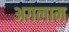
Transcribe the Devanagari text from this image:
अग़लाम